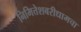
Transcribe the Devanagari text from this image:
निमित्तेशबरीधामचा